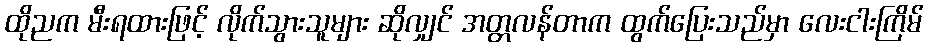
ထိုညက မီးရထားဖြင့် လိုက်သွားသူများ ဆိုလျှင် အတ္တလန်တာက ထွက်ပြေးသည်မှာ လေးငါးကြိမ်